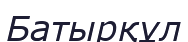
Батырқұл